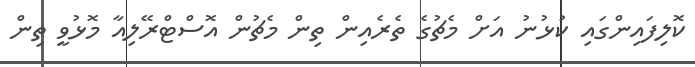
ކޮލިފައިންގައި ކުޅުނު އަށް މެޗުގެ ތެރެއިން ތިން މެޗުން އޮސްޓްރޭލިއާ މޮޅުވީ ތިން